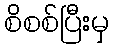
စိစစ်ပြီးမှ